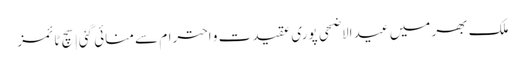
ملک بھر میں عید الاضحی پوری عقیدت و احترام سے منائی گئی | سچ ٹائمز